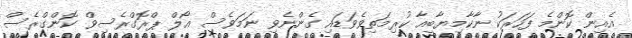
އެއިން ކޮންމެ ފަހަރަކު ނާކާމިޔާބީއާ ކުރިމަތިވެވަޑައި ގެންނެވި ނަމަވެސް އޯލް ޕްރޮގްރެސިވް ކޮންގްރެސް